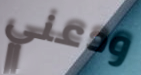
ودعني